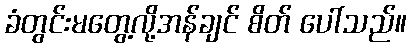
ခံတွင်းမတွေ့လို့အန်ချင် စိတ် ပေါ်သည်။